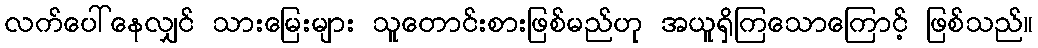
လက်ပေါ်နေလျှင် သားမြေးများ သူတောင်းစားဖြစ်မည်ဟု အယူရှိကြသောကြောင့် ဖြစ်သည်။